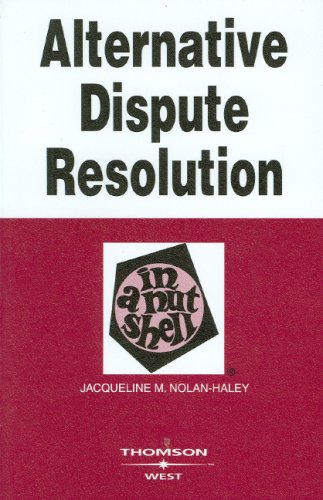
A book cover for Alternative Dispute Resolution in a Nutshell (In a Nutshell (West Publishing)); Jacqueline M. Nolan-Haley; Law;